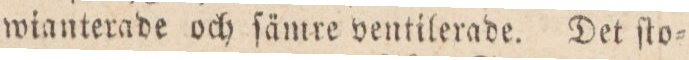
wianterade och ſämre ventilerade. Det ſto=